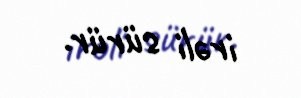
irəli sürür.